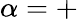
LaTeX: \alpha=+